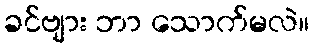
ခင်ဗျား ဘာ သောက်မလဲ။